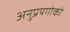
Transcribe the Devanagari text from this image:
अनुप्रयगोको